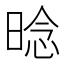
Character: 𱢌